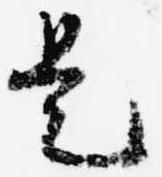
是